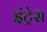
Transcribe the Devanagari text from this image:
इंट्रेस